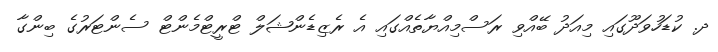
ދ. ކުޑަހުވަދޫގައި މިއަދު ބޭއްވި ރަސްމިއްޔާތެއްގައި އެ ރެޒިޑެންޝަލް ޓްރީޓްމެންޓް ސެންޓަރުގެ ބިންގާ